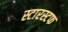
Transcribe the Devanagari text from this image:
स्टारस्टफ